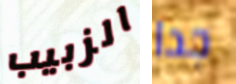
الزبيب جدا